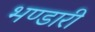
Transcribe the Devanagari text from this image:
भण्‍डारी